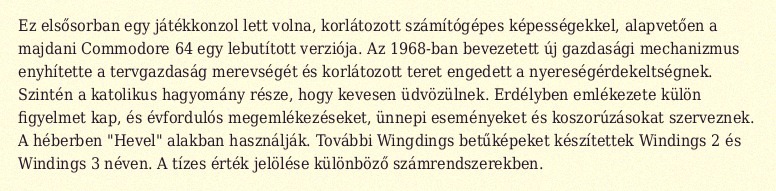
Ez elsősorban egy játékkonzol lett volna, korlátozott számítógépes képességekkel, alapvetően a majdani Commodore 64 egy lebutított verziója. Az 1968-ban bevezetett új gazdasági mechanizmus enyhítette a tervgazdaság merevségét és korlátozott teret engedett a nyereségérdekeltségnek. Szintén a katolikus hagyomány része, hogy kevesen üdvözülnek. Erdélyben emlékezete külön figyelmet kap, és évfordulós megemlékezéseket, ünnepi eseményeket és koszorúzásokat szerveznek. A héberben "Hevel" alakban használják. További Wingdings betűképeket készítettek Windings 2 és Windings 3 néven. A tízes érték jelölése különböző számrendszerekben.